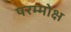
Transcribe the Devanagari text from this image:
परम्मोक्ष